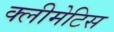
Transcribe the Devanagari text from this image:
क्लीमेटिस